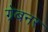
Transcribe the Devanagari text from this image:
ग्रेबनर